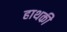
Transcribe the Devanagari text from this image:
हाथकी